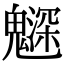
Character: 𩴙